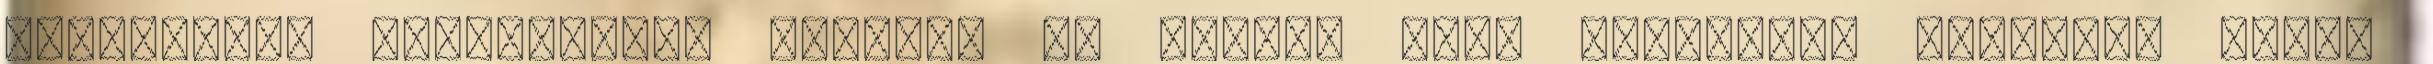
kijavított szerződések alapján az adósok havi törlesztő részlete ugyan